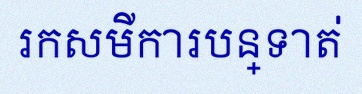
រកសមីការបន្ទាត់